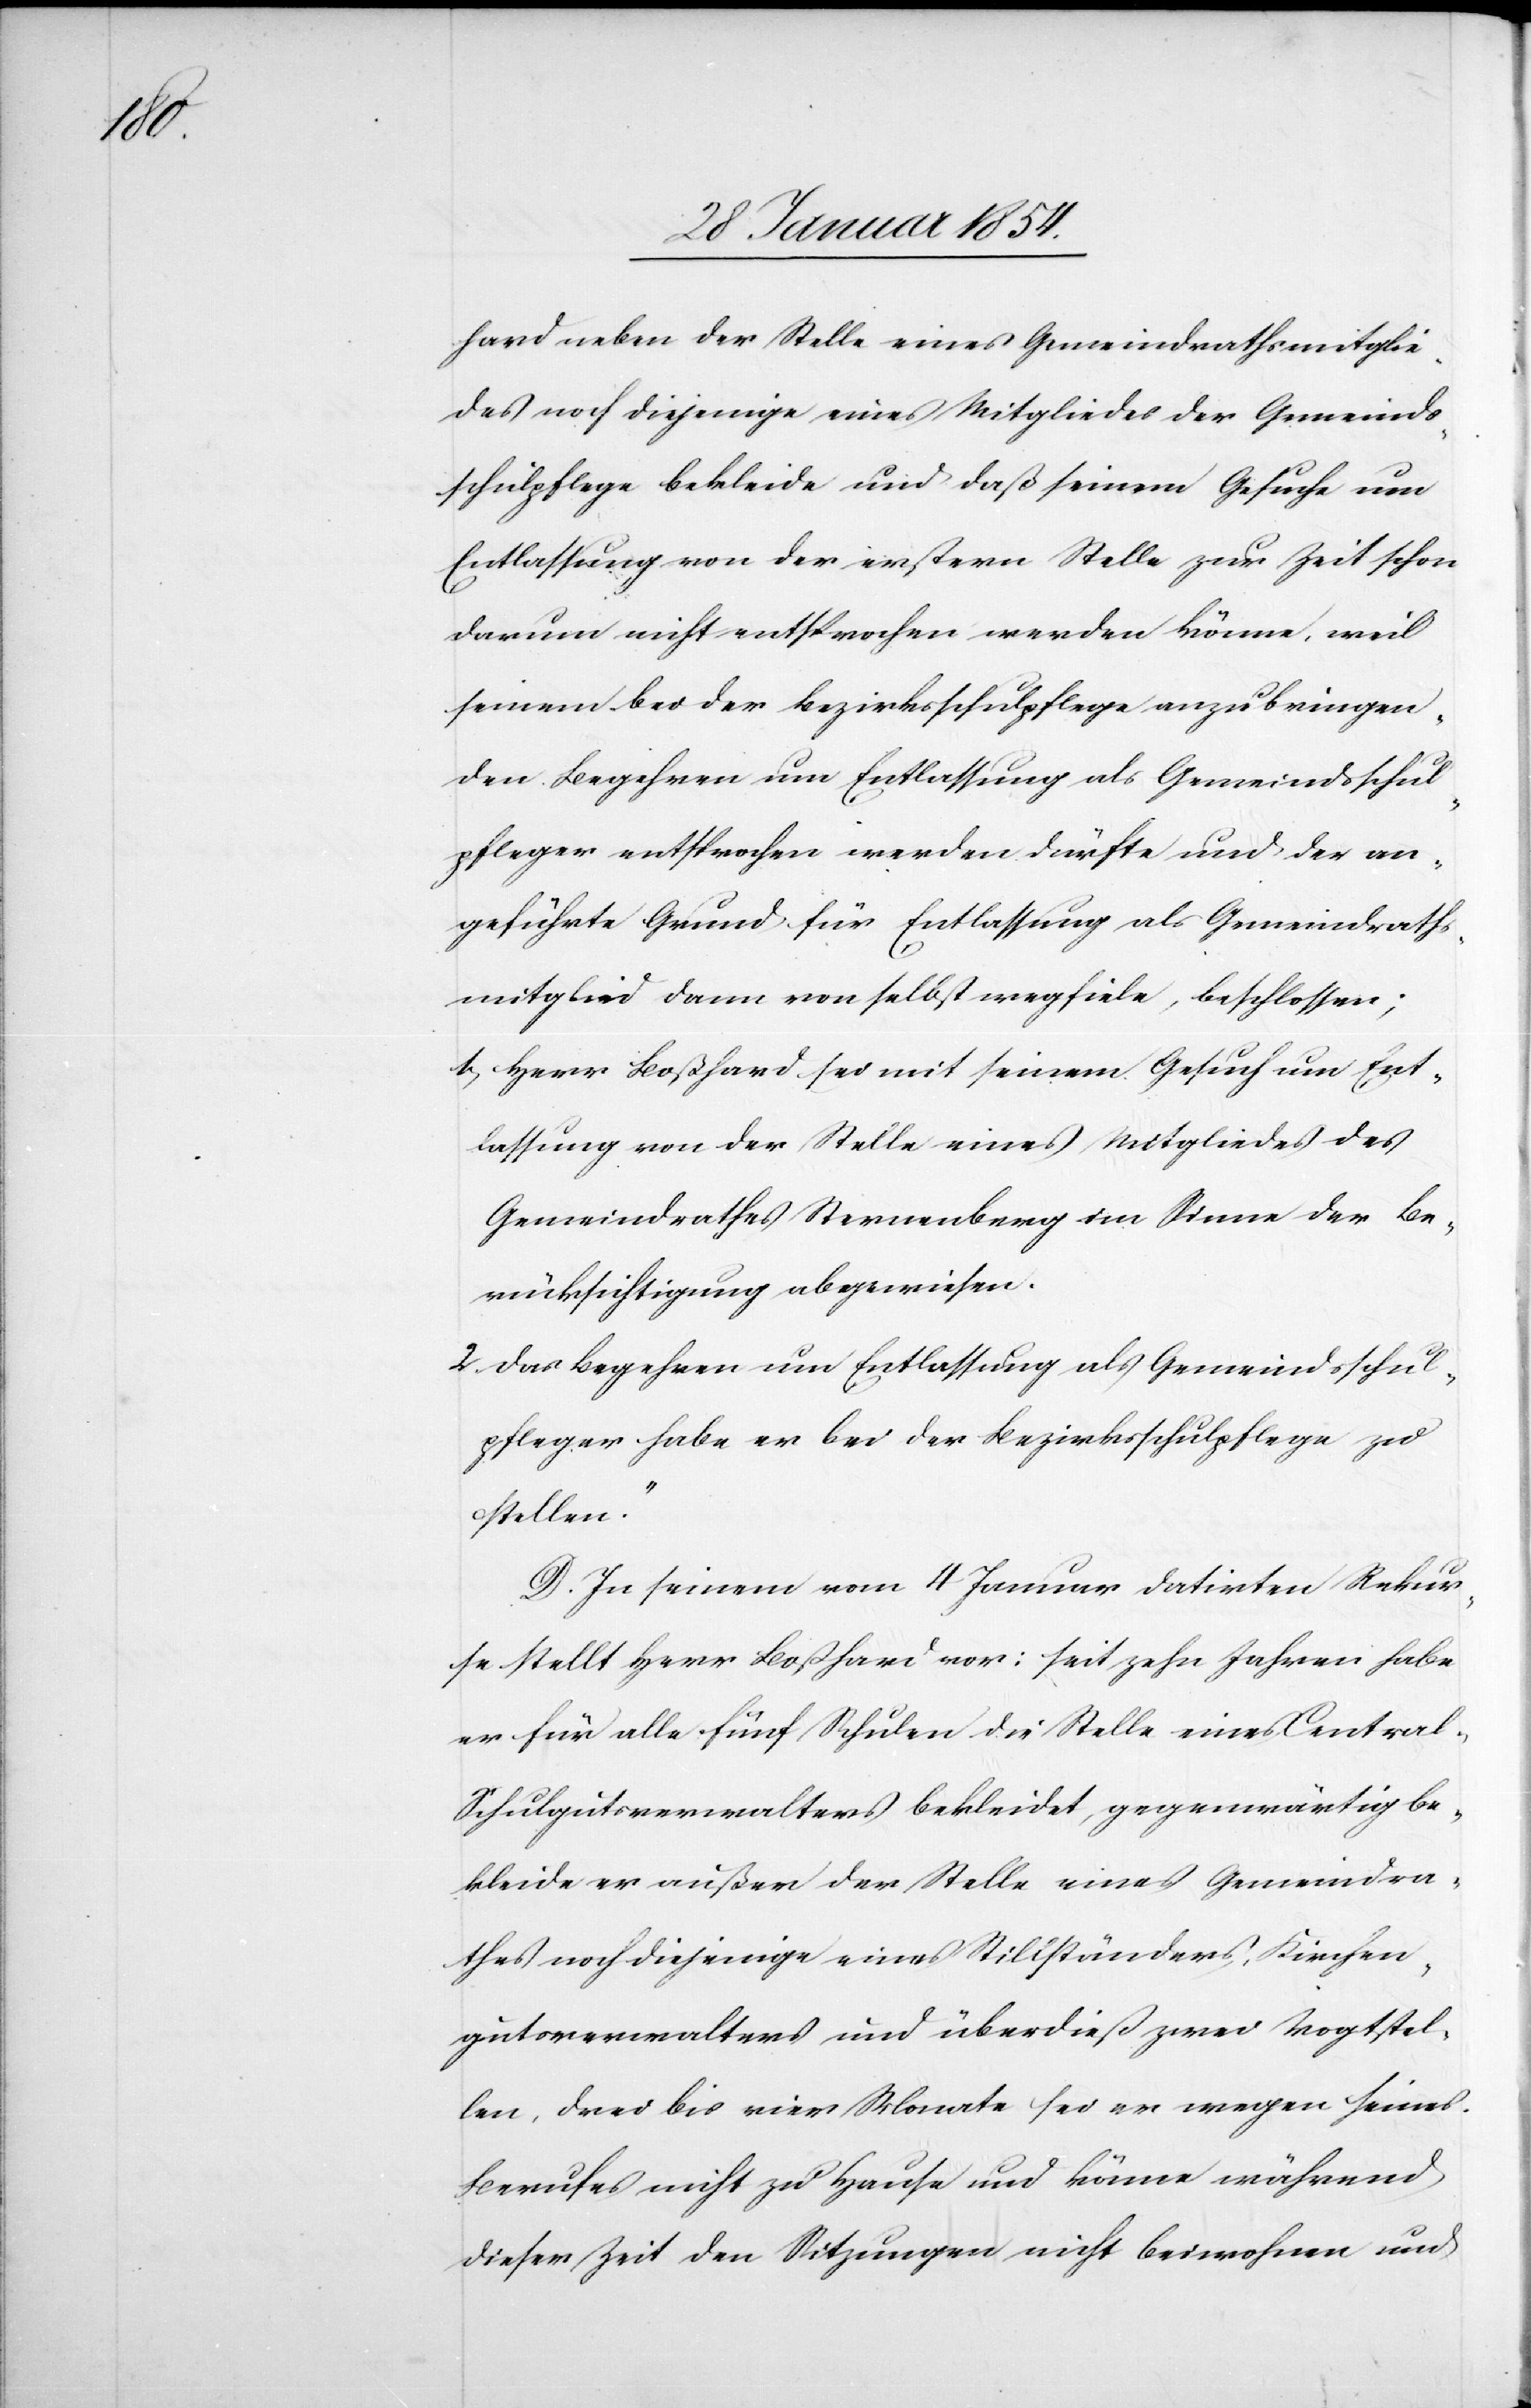
hard neben der Stelle eines Gemeindrathsmitglie¬
des noch diejenige eines Mitgliedes der Gemeinds¬
schulpflege bekleide und daß einem Gesuche um
Entlassung von der erstern Stelle zur Zeit schon
darum nicht entsprochen werden könne, weil
seinem bei der Bezirksschulpflege anzubringen¬
den Begehren um Entlassung als Gemeindsschul¬
pfleger entsprochen werden dürfte und der an¬
geführte Grund für Entlassung als Gemeindraths¬
mitglied dann von selbst wegfiele, beschlossen;
1. Herr Boßhard sei mit seinem Gesuch um Ent¬
lassung von der Stelle eines Mitgliedes des
Gemeindrathes Sternenberg im Sinne der Be¬
rücksichtigung abgewiesen.
2. Das Begehren um Entlassung als Gemeindsschul¬
pfleger habe er bei der Bezirksschulpflege zu
stellen.“
D. In seinem vom 4 Januar datirten Rekur¬
se stellt Herr Boßhard vor: seit zehn Jahren habe
er für alle fünf Schulen die Stelle eines Central-S¬
chulgutsverwalters bekleidet, gegenwärtig be¬
kleide er außer der Stelle eines Gemeindra¬
thes noch diejenige eines Stillständers, Kirchen¬
gutverwalters und überdieß zwei Vogtstel¬
len, drei bis vier Monate sei er wegen seines
Berufes nicht zu Hause und könne während
dieser Zeit den Sitzungen nicht beiwohnen und